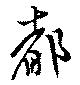
都